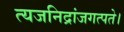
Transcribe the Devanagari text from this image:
त्यजनिद्रांजगत्पते।